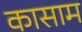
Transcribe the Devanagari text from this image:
कासाम